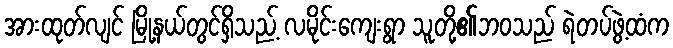
အားထုတ်လျင် မြို့နယ်တွင်ရှိသည့် လမိုင်းကျေးရွာ သူတို့၏ဘဝသည် ရဲတပ်ဖွဲ့ထံက